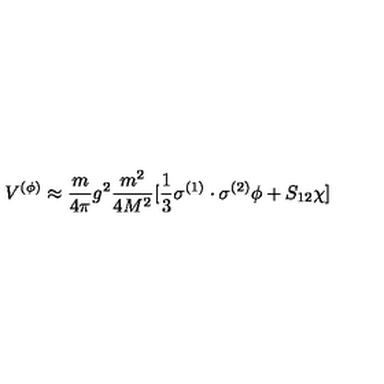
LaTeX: V ^ { ( \phi ) } \approx \frac { m } { 4 \pi } g ^ { 2 } \frac { m ^ { 2 } } { 4 M ^ { 2 } } [ \frac { 1 } { 3 } \mathrm { \boldmath \sigma } ^ { ( 1 ) } \cdot \mathrm { \boldmath \sigma } ^ { ( 2 ) } \phi + S _ { 1 2 } \chi ]